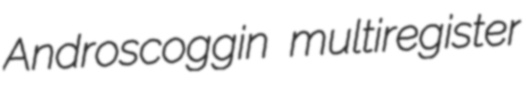
Androscoggin multiregister